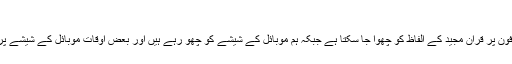
واللہ العالم
سوال:حالت نجاست میں کیا موبائل فون پر قرآن مجید کے الفاظ کو چھوا جا سکتا ہے جبکہ ہم موبائل کے شیشے کو چھو رہے ہیں اور بعض اوقات موبائل کے شیشے پر شفاف پلاسٹک بھی چڑھا ہوتا ہے۔